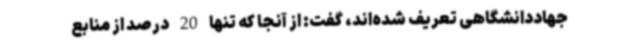
جهاددانشگاهی تعریف شده‌اند، گفت: از آنجا که تنها 20 درصد از منابع